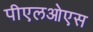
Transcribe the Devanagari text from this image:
पीएलओएस